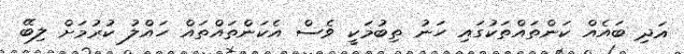
އަދި ބައެއް ކަންތައްތަކުގައި ހަނު ތިބުމަކީ ވެސް އެކަންތައްތައް ހައްލު ކުރުމަށް ލިބޭ